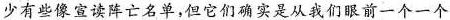
少有些像宣读阵亡名单，但它们是从我们眼前一个一个